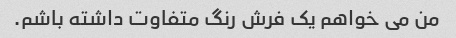
من می خواهم یک فرش رنگ متفاوت داشته باشم.